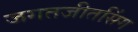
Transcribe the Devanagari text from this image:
जगतजीतसिंग